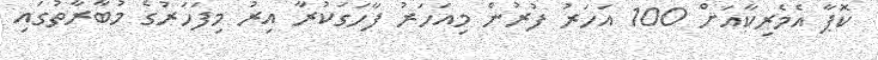
ކޮޕާ އެމެރިކާއަށް 100 އަހަރު ފުރުން މިއަހަރު ފާހަގަކުރާ އިރު މިފަހަރުގެ މުބާރާތުގައި